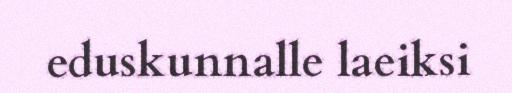
eduskunnalle laeiksi